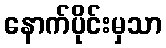
နောက်ပိုင်းမှသာ